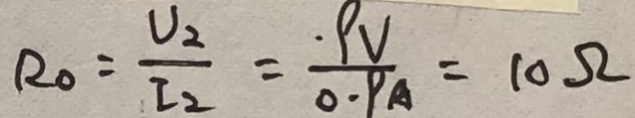
R _ { 0 } = \frac { U _ { 2 } } { I _ { 2 } } = \frac { 9 V } { 0 . 9 A } = 1 0 \Omega